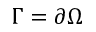
\Gamma = \partial \Omega